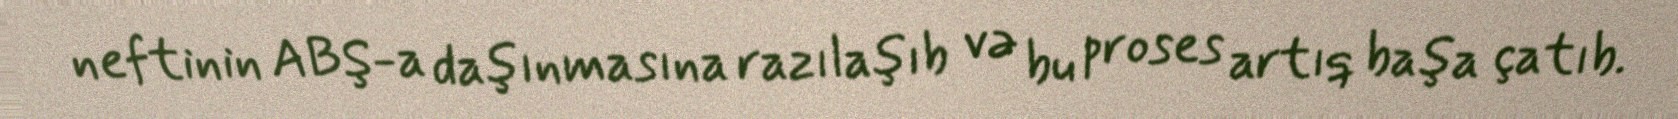
neftinin ABŞ-a daşınmasına razılaşıb və bu proses artıq başa çatıb.